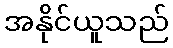
အနိုင်ယူသည်